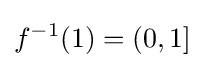
f^{-1}(1)=(0,1]